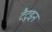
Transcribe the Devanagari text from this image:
टैटुइन